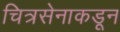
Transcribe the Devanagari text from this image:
चित्रसेनाकडून